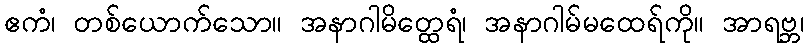
ဧကံ၊ တစ်ယောက်သော။ အနာဂါမိတ္ထေရံ၊ အနာဂါမ်မထေရ်ကို။ အာရဗ္ဘ၊